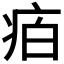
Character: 𭼈